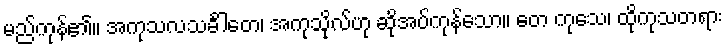
မည်ကုန်၏။ အကုသလသင်္ခါတေ၊ အကုသိုလ်ဟု ဆိုအပ်ကုန်သော။ တေ ကုသေ၊ ထိုကုသတရား